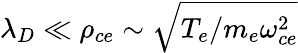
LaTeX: \lambda_{D}\ll\rho_{ce}\sim\sqrt{T_{e}/m_{e}\omega_{ce}^{2}}